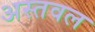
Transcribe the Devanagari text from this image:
अस्तवल